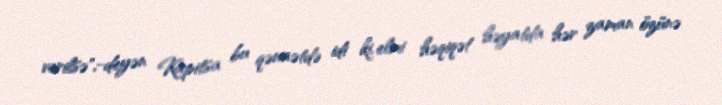
verilsə",-deyən Kapitsa bu qənaətdə idi ki, elmi həqiqət həyatda hər zaman özünə